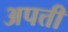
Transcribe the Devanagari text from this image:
अपत्ती